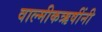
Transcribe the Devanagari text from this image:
वाल्मीकऋषींनी